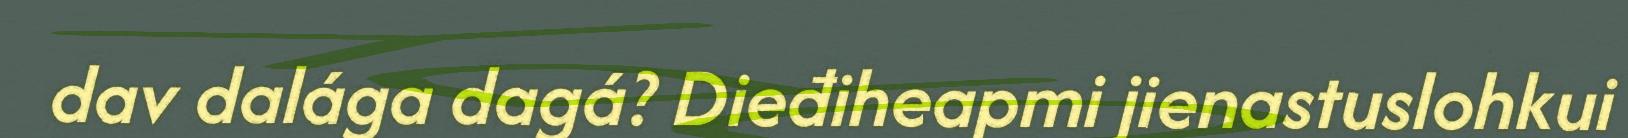
dav dalága dagá? Dieđiheapmi jienastuslohkui